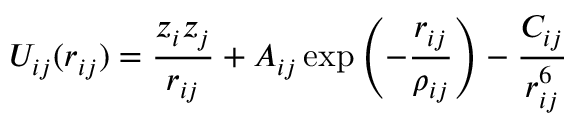
U _ { i j } ( r _ { i j } ) = \frac { z _ { i } z _ { j } } { r _ { i j } } + A _ { i j } \exp \left( - \frac { r _ { i j } } { \rho _ { i j } } \right) - \frac { C _ { i j } } { r _ { i j } ^ { 6 } }